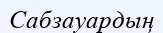
Сабзауардың